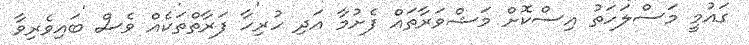
ގައުމީ މަސްލަހަތު އިސްކޮށް މަޝްވަރާތައް ފެށުމާ އަދި ހުރިހާ ފަރާތްތަކެއް ވެސް ބައިވެރިވާ